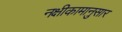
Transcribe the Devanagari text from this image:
नक्षीकामानुसार